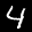
Digit: 4